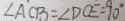
\angle A C B = \angle D C E = 9 0 ^ { \circ }